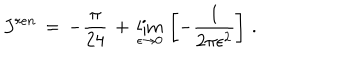
J ^ { r e n } \, = \, - \frac { \pi } { 2 4 } \, + \, \lim _ { \epsilon \to 0 } \, \left[ - \frac { 1 } { 2 \pi \epsilon ^ { 2 } } \right] \, { . }